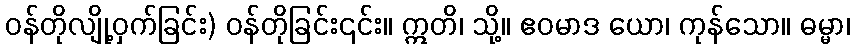
ဝန်တိုလျို့ဝှက်ခြင်း) ဝန်တိုခြင်း၎င်း။ ဣတိ၊ သို့။ ဧဝမာဒ ယော၊ ကုန်သော။ ဓမ္မာ၊